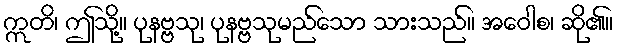
ဣတိ၊ ဤသို့။ ပုနဗ္ဗသု၊ ပုနဗ္ဗသုမည်သော သားသည်။ အဝေါစ၊ ဆို၏။